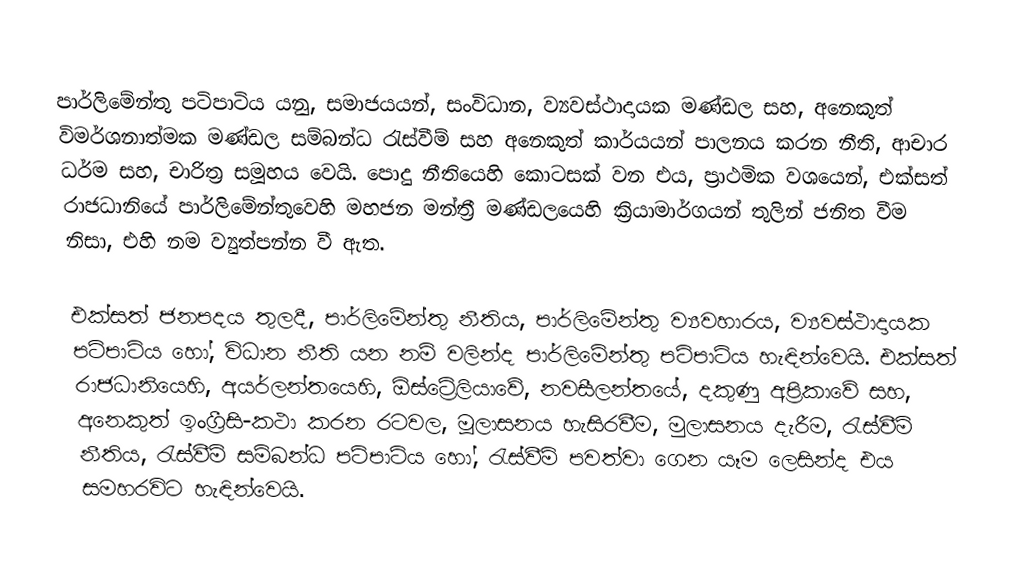
පාර්ලිමේන්තු පටිපාටිය යනු,  සමාජයයන්, සංවිධාන, ව්‍යවස්ථාදායක මණ්ඩල සහ, අනෙකුත් විමර්ශනාත්මක මණ්ඩල සම්බන්ධ රැස්වීම් සහ අනෙකුත් කාර්යයන් පාලනය කරන නීති, ආචාර ධර්ම සහ, චාරිත්‍ර  සමූහය වෙයි. පොදු නීතියෙහි  කොටසක් වන එය, ප්‍රාථමික වශයෙන්, එක්සත් රාජධානියේ පාර්ලිමේන්තුවෙහි  මහජන මන්ත්‍රී මණ්ඩලයෙහි ක්‍රියාමාර්ගයන් තුලින් ජනිත වීම නිසා, එහි නම ව්‍යුත්පන්න වී ඇත.

එක්සත් ජනපදය තුලදී, පාර්ලිමේන්තු නීතිය, පාර්ලිමේන්තු ව්‍යවහාරය, ව්‍යවස්ථාදායක පටිපාටිය හෝ, විධාන නීති  යන නම් වලින්ද  පාර්ලිමේන්තු පටිපාටිය  හැඳින්වෙයි. එක්සත් රාජධානියෙහි, අයර්ලන්තයෙහි, ඕස්ට්‍රේලියාවේ, නවසීලන්තයේ, දකුණු අප්‍රිකාවේ සහ, අනෙකුත්  ඉංග්‍රීසි-කථා කරන රටවල, මූලාසනය හැසිරවීම, මුලාසනය දැරීම, රැස්වීම් නීතිය, රැස්වීම් සම්බන්ධ පටිපාටිය හෝ, රැස්වීම් පවත්වා ගෙන යෑම ලෙසින්ද එය සමහරවිට හැඳින්වෙයි.